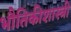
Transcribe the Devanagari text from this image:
भौतिकीशास्त्री